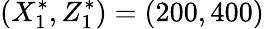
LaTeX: (X_{1}^{*},Z_{1}^{*})=(200,400)